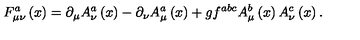
F _ { \mu \nu } ^ { a } \left( x \right) = \partial _ { \mu } A _ { \nu } ^ { a } \left( x \right) - \partial _ { \nu } A _ { \mu } ^ { a } \left( x \right) + g f ^ { a b c } A _ { \mu } ^ { b } \left( x \right) A _ { \nu } ^ { c } \left( x \right) .